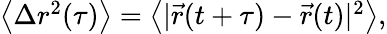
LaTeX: \begin{array}{r}{\left\langle\Delta r^{2}(\tau)\right\rangle=\left\langle|\vec{r}(t+\tau)-\vec{r}(t)|^{2}\right\rangle,}\end{array}